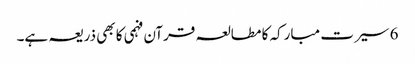
6 سیرت مبارکہ کا مطالعہ قرآن فہمی کا بھی ذریعہ ہے۔